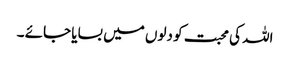
اللہ کی محبت کو دلوں میں بسایا جائے ۔